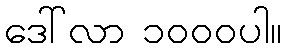
ဒေါ်လာ ၁၀၀၀ပါ။